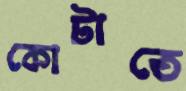
কোটাতে